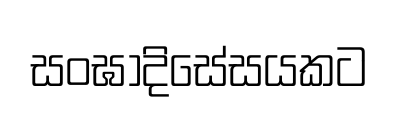
සංඝාදිසේසයකට